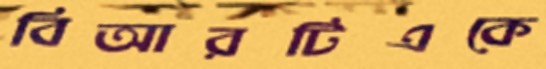
বিআরটিএকে